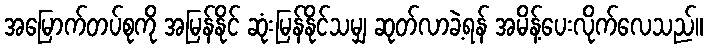
အမြောက်တပ်စုကို အမြန်နိုင် ဆုံးမြန်နိုင်သမျှ ဆုတ်လာခဲ့ရန် အမိန့်ပေးလိုက်လေသည်။